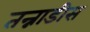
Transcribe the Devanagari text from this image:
तन्नाडीस